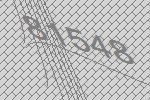
81548